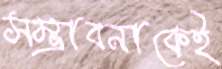
সম্ভাবনাকেই